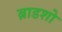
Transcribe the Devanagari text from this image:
ब्राडशो